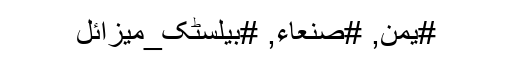
#یمن, #صنعاء, #بیلسٹک_میزائل